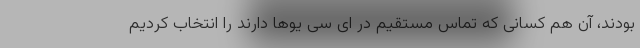
بودند، آن هم کسانی که تماس مستقیم در ای سی یوها دارند را انتخاب کردیم